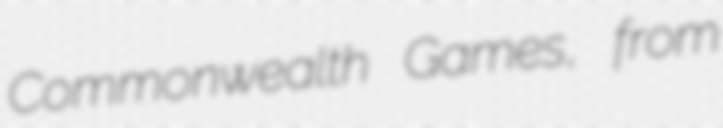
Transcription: Commonwealth Games, from